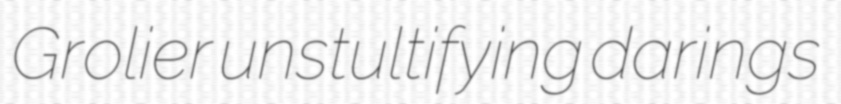
Grolier unstultifying darings